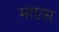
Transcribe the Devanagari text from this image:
माएस